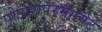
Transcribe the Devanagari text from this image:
पोटाशपरमैंगनेट